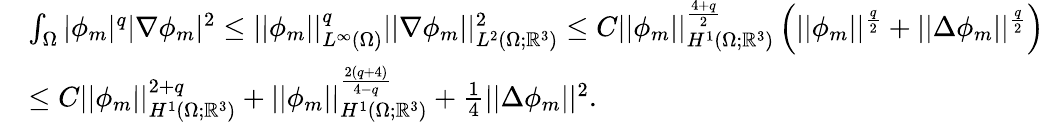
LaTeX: \begin{array}{rl}&{\int_{\Omega}|\phi_{m}|^{q}|\nabla\phi_{m}|^{2}\leq||\phi_{m}||_{L^{\infty}(\Omega)}^{q}||\nabla\phi_{m}||_{L^{2}(\Omega;\mathbb{R}^{3})}^{2}\leq C||\phi_{m}||_{H^{1}(\Omega;\mathbb{R}^{3})}^{\frac{4+q}{2}}\left(||\phi_{m}||^{\frac{q}{2}}+||\Delta\phi_{m}||^{\frac{q}{2}}\right)}\\ &{\leq C||\phi_{m}||_{H^{1}(\Omega;\mathbb{R}^{3})}^{2+q}+||\phi_{m}||_{H^{1}(\Omega;\mathbb{R}^{3})}^{\frac{2(q+4)}{4-q}}+\frac{1}{4}||\Delta\phi_{m}||^{2}.}\end{array}